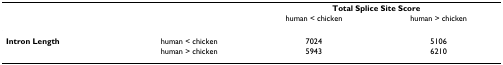
|  |  | <COLSPAN=2> Total Splice Site Score |
 |  |  | human < chicken | human > chicken |
 | --- | --- | --- | --- |
 | Intron Length | human < chicken | 7024 | 5106 |
 |  | human > chicken | 5943 | 6210 |